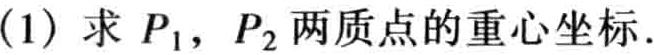
(1) 求 \(P_{1}\)，\(P_{2}\) 两质点的重心坐标.